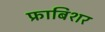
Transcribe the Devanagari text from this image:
फ्राबिशर